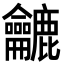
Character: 𪛓